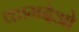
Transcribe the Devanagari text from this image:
कामदेओ